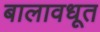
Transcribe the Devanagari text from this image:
बालावधूत